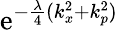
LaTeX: \mathrm{e}^{-\frac{{\lambda}}{{4}}(k_{x}^{2}+k_{p}^{2})}